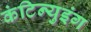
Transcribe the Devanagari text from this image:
कंटिन्युइंग